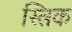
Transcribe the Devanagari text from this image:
स्त्रिक